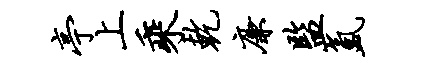
亭上乘乾廉监氲